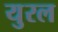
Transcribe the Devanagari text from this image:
युरल